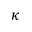
\kappa